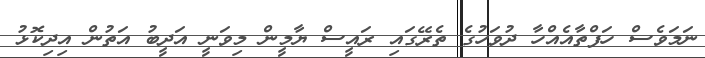
ނަމަވެސް ހަފްތާއެއްހާ ދުވަހުގެ ތެރޭގައި ރައީސް ޔާމީން މިވަނީ އަދީބު އަތުން އިދިކޮޅު